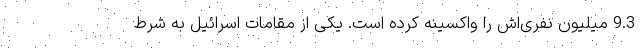
9.3 میلیون نفری‌اش را واکسینه کرده است. یکی از مقامات اسرائیل به شرط